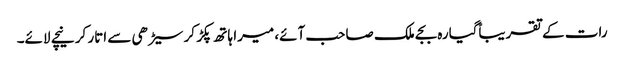
رات کے تقریباًگیارہ بجے ملک صاحب آئے، میرا ہاتھ پکڑ کر سیڑھی سے اتار کر نیچے لائے۔